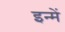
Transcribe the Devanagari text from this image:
इन्‍में